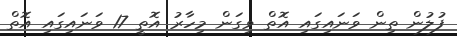
ފުލުން ތިން ވަނައިގައި އޮތް ވިގަން މިހާރު އޮތީ 17 ވަނައިގައި އޮތް